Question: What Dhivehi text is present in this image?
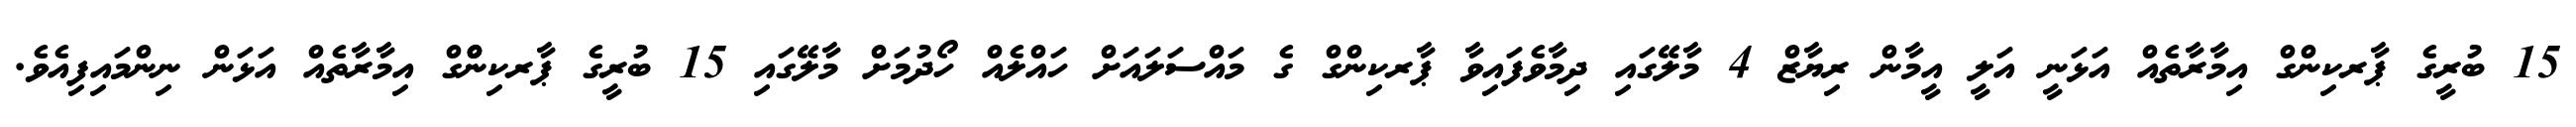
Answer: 15 ބުރީގެ ޕާރކިންގް އިމާރާތެއް އަޅަނީ އަލީ އީމާން ރިޔާޒް 4 މާލޭގައި ދިމާވެފައިވާ ޕާރކިންގް ގެ މައްސަލައަށް ހައްލެއް ހޯދުމަށް މާލޭގައި 15 ބުރީގެ ޕާރކިންްގް އިމާރާތެއް އަޅަން ނިންމައިފިއެވެ.